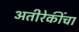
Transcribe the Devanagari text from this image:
अतीरेकींचा